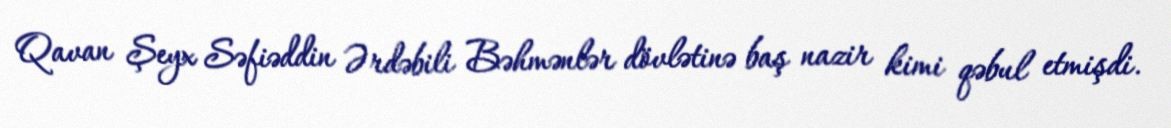
Qavan Şeyx Səfiəddin Ərdəbili Bəhmənlər dövlətinə baş nazir kimi qəbul etmişdi.